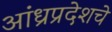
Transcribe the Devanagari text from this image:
आंध्रप्रदेशचे